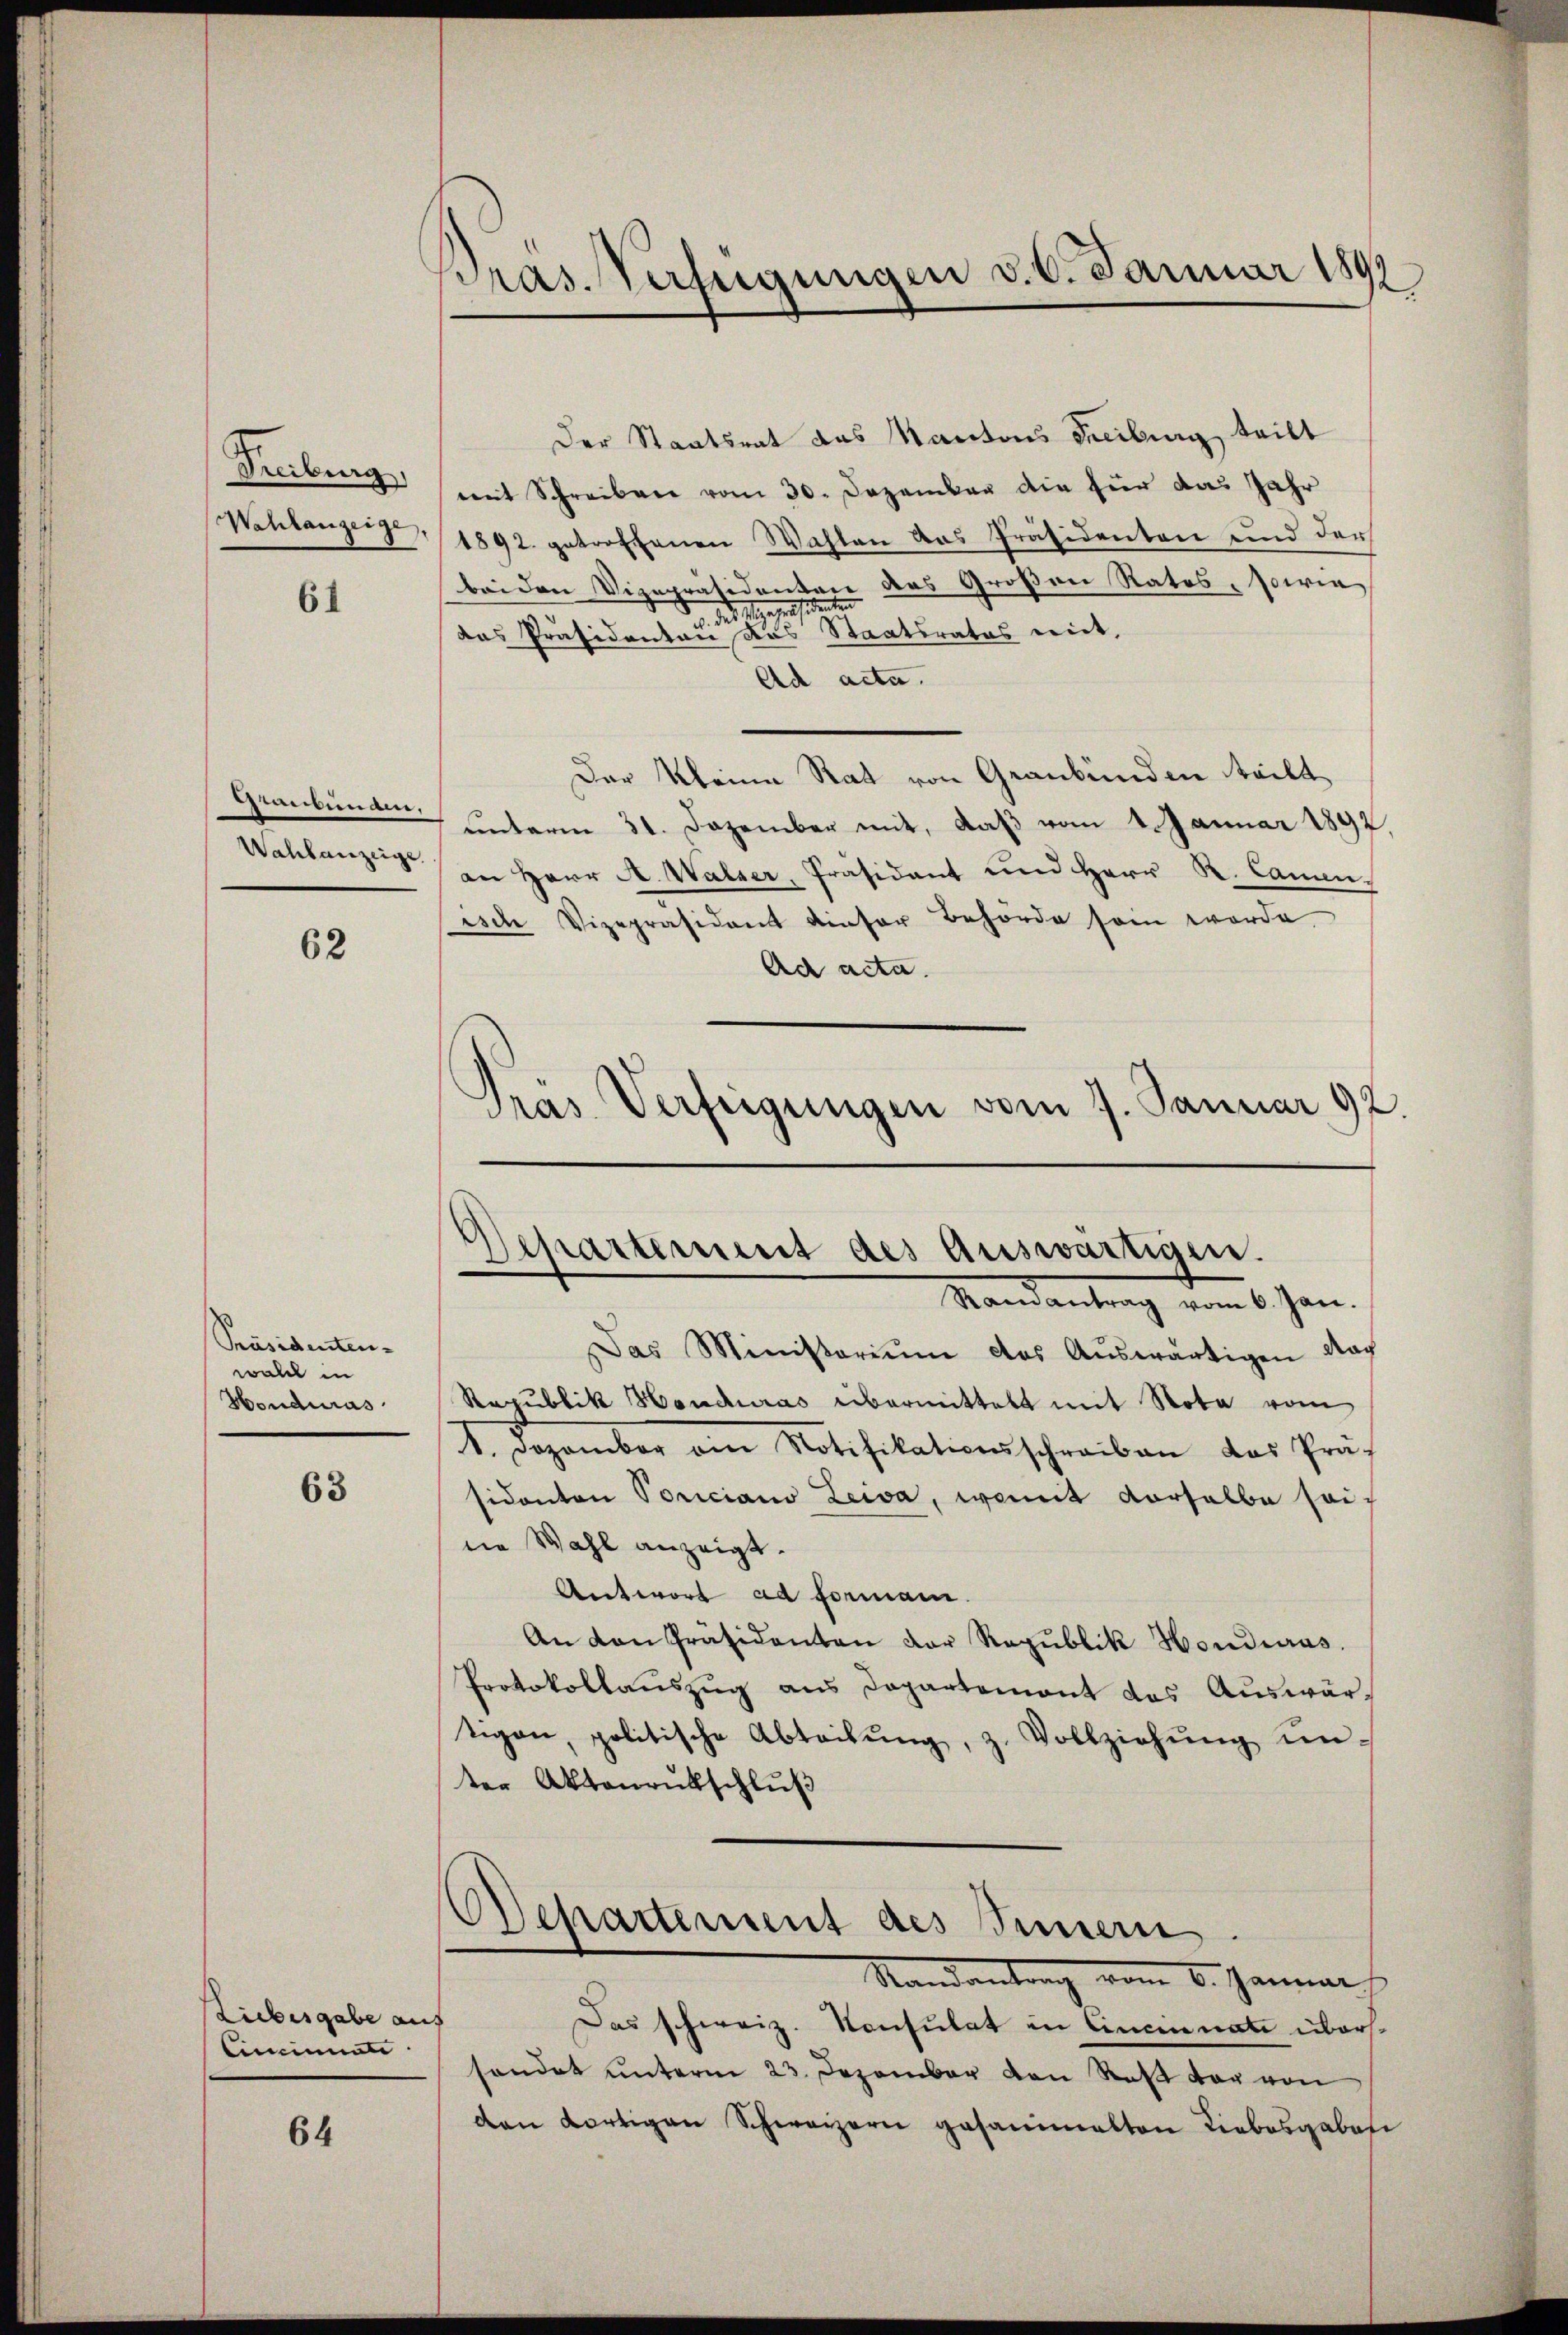
61

62

Präsidenten.
wald in
Honduras

63

Liebesgabe auf
liminati

64

Bras. Verfügungen v. 6. Januar 1891

Der Staatsrat das Kantons Freibung teilt
Treiburg (mit Schreiben vom 30. Dezember die für das Jahr
Nahlange 1892. getroffenen Wahlen das Präsidenten und der
bei den Vizepräsidenten des Großen Rates, sowie
a. des Meeresidenten
das Präsidenten das Staatsrates mit,
Ad acta.
Der Kleine Rat von Graubünden teilt
Graubungen, unterm 31. Dezember mit, daß vom 2 Januar 1892,
Wahlanzeig in Herr A. Walser, Präsidant und Herr R. Cammen,
isch Vizepräsidant dieser Behörde sein worde
Ad acta.
Pras Verfeigungen vom 7. Januar 92.

Departement des Auswärtigen.
Ramantrag vom 6. Jan.

Das Ministoriŭm des Aŭswärtigen Nac
Republik Honduras übermittelt mit Nota vom
1. Dezember am Notifikationsschreiben das Präf
sidanten Poriciano Leiva, womit derselbe seidie Wahl anzeigt.
Antwort ad Formani.
An den Präsidenten der Republik Honduras.
Protokollaŭszŭg ans Departemont das Aŭswärtigen, politische Abteilung, z. Vollziehung unter Aktenrutschluß
OSchartement des Innern.
Nandantrag vom 6. Januar
Das schweiz. Konsulat in Cincinnate überssendet unterm 23. Dezember von Roß der von
den dortigen Schweizern gesammelten Liebesgabesi